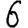
Digit: 6